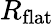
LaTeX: R_{\textrm{flat}}